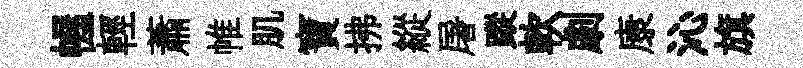
幄輕蕭帷肌寶拂縱屠蹤軟劇康沁旗